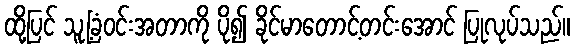
ထို့ပြင် သူ့ခြံဝင်းအတာကို ပို၍ ခိုင်မာတောင့်တင်းအောင် ပြုလုပ်သည်။